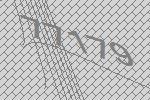
77179